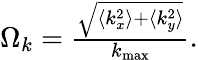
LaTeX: \begin{array}{r}{\Omega_{k}=\frac{\sqrt{\langle k_{x}^{2}\rangle+\langle k_{y}^{2}\rangle}}{k_{\mathrm{max}}}.}\end{array}